Manual of the Civil Veterinary Department, Central Provinces and Berar
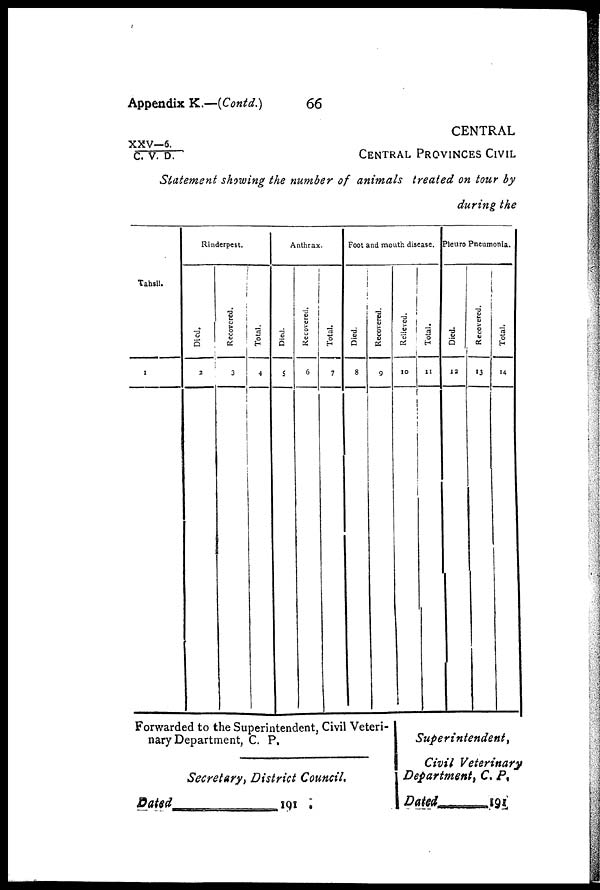
Appendix K.—(Contd.)
66
XXV—6./C.
V. D.
CENTRAL
CENTRAL PROVINCES CIVIL
Statement showing the number of animals treated on tour by
during the
Tahsil.
1
Rinderpest.
Died.
2
Recovered.
3
Total.
4
Anthrax.
Died.
5
Recovered.
6
Total.
7
Foot and mouth disease.
Died.
8
Recovered.
9
Relieved.
10
Total.
11
Pleuro Pneumonia.
Died.
12
Recovered.
13
Total.
14
Forwarded to the Superintendent, Civil Veteri-
nary Department, C. P.
Secretary, District Council.
Dated
191.
Superintendent,
Civil Veterinary
Department, C. P.
Dated—
191